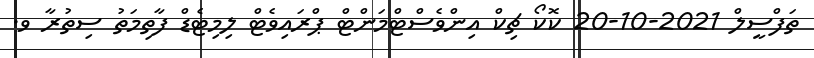
ތަފްސީލް 2021-10-20 ކޮކޯ ޗިކް އިންވެސްޓްމަންޓް ޕްރައިވެޓް ލިމިޓެޑް ފާތިމަތު ސިތުރާ ވ.